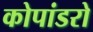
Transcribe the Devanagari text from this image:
कोपांडरो